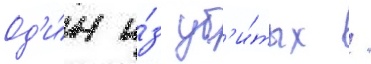
Од'и́н и́з уб'и́тых /